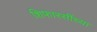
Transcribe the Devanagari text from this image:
शिफारसींच्या